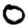
Digit: 0